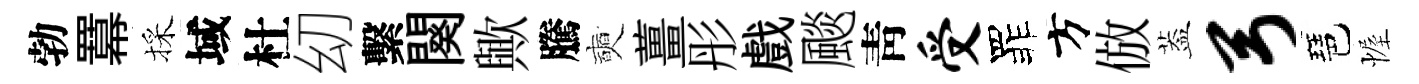
勃羃採域杜㓜繫闋歟騰奭薑彤戲颷靑受罪方倣葢弓琶幄